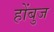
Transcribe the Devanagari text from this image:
होंबुज